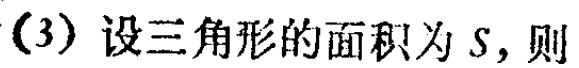
（3）设三角形的面积为\(S\)，则